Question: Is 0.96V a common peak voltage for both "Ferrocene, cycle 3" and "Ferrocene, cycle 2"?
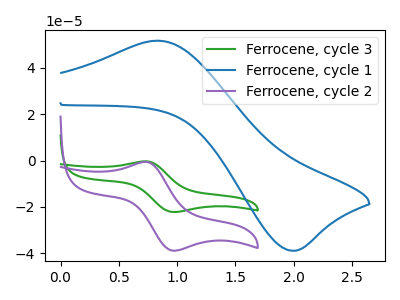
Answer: <think>The green curve "Ferrocene, cycle 3" has an anodic peak at (0.75V, -0.35uA) and a cathodic peak at (0.95V, -22.20uA). The blue curve "Ferrocene, cycle 1" has an anodic peak at (0.85V, 51.70uA) and a cathodic peak at (1.95V, -38.90uA). The purple curve "Ferrocene, cycle 2" has an anodic peak at (0.75V, -0.60uA) and a cathodic peak at (0.95V, -38.90uA).</think>
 <answer>Yes, "Ferrocene, cycle 3" and "Ferrocene, cycle 2" share a peak at 0.96V.</answer>
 <eval>match</eval>